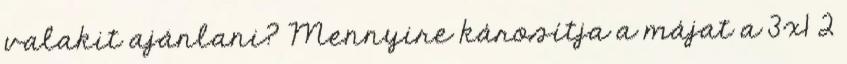
valakit ajánlani? Mennyire károsítja a májat a 3x1 2